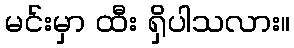
မင်းမှာ ထီး ရှိပါသလား။